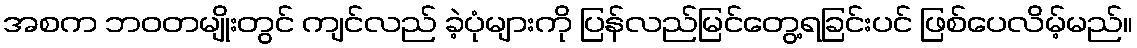
အစက ဘဝတမျိုးတွင် ကျင်လည် ခဲ့ပုံများကို ပြန်လည်မြင်တွေ့ရခြင်းပင် ဖြစ်ပေလိမ့်မည်။